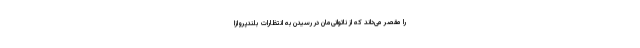
را مقصر می‌داند که از ناتوانی‌مان در رسیدن به انتظارات بلندپروازا